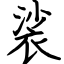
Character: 裟